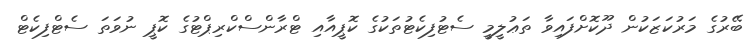
ބޭރުގެ މަރުކަޒަކުން ދޫކޮށްފައިވާ ތަޢުލީމީ ސެޓުފިކެޓުތަކުގެ ކޮޕީއާއި ޓްރާންސްކްރިޕްޓުގެ ކޮޕީ ނުވަތަ ސެޓްފިކެޓް